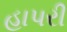
હાપરી